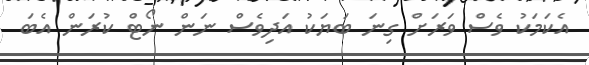
އެކަމަކު ވެސް ވަރަށް ގިނަ ބަޔަކު އަދިވެސް ނަން ނޯޓް ކުރަން އެބަ